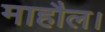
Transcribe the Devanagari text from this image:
माहौल।